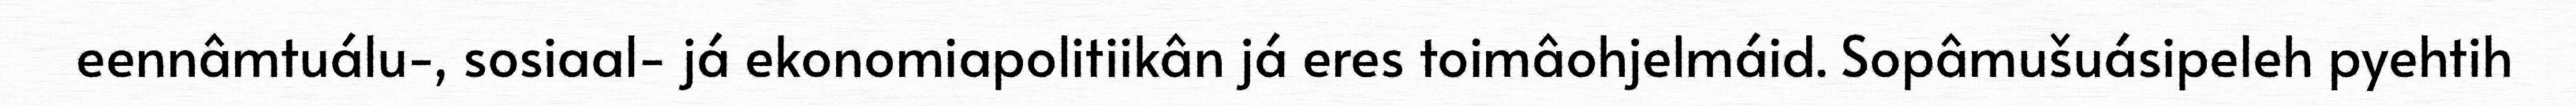
eennâmtuálu-, sosiaal- já ekonomiapolitiikân já eres toimâohjelmáid. Sopâmušuásipeleh pyehtih